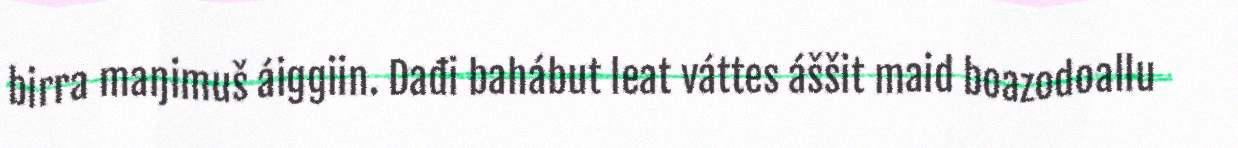
birra maŋimuš áiggiin. Dađi bahábut leat váttes áššit maid boazodoallu